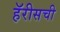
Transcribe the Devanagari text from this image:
हॅरीसची